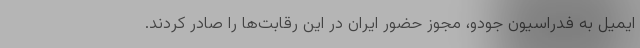
ایمیل به فدراسیون جودو، مجوز حضور ایران در این رقابت‌ها را صادر کردند.